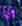
اذا